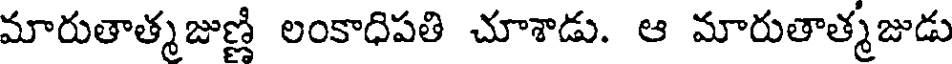
మారుతాత్మజుణ్ణి లంకాధిపతి చూశాడు. ఆ మారుతాత్మజుడు